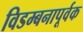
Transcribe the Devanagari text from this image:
विडम्बनापूर्वक